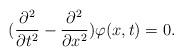
LaTeX: \begin{align*}(\frac{\partial ^2}{\partial t^2}-\frac{\partial ^2}{\partial x^2})\varphi (x,t)=0.\end{align*}